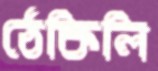
ঠেকিলি